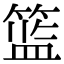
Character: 篮